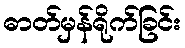
ဓာတ်မှန်ရိုက်ခြင်း